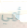
أمي